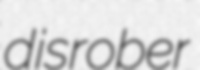
disrober